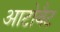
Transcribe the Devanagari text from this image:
आटोबैट